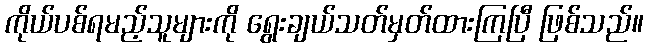
ကိုယ်ပစ်ရမည့်သူများကို ရွေးချယ်သတ်မှတ်ထားကြပြီ ဖြစ်သည်။